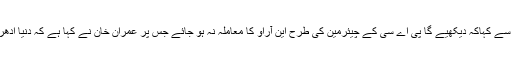
میںنے ایک اجلاس کے بعددروازے سے نکلتے ہوئے وزیر اعظم عمران خان سے کہاکہ دیکھیے گا پی اے سی کے چیئرمین کی طرح این آراو کا معاملہ نہ ہو جائے جس پر عمران خان نے کہا ہے کہ دنیا ادھر کی اُدھر ہوجائے آصف علی زردای اور نواز شریف کو این آر او نہیںملے گا ۔